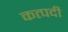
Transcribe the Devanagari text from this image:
कत्पदी